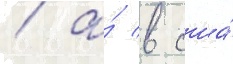
/ а́ в сша́